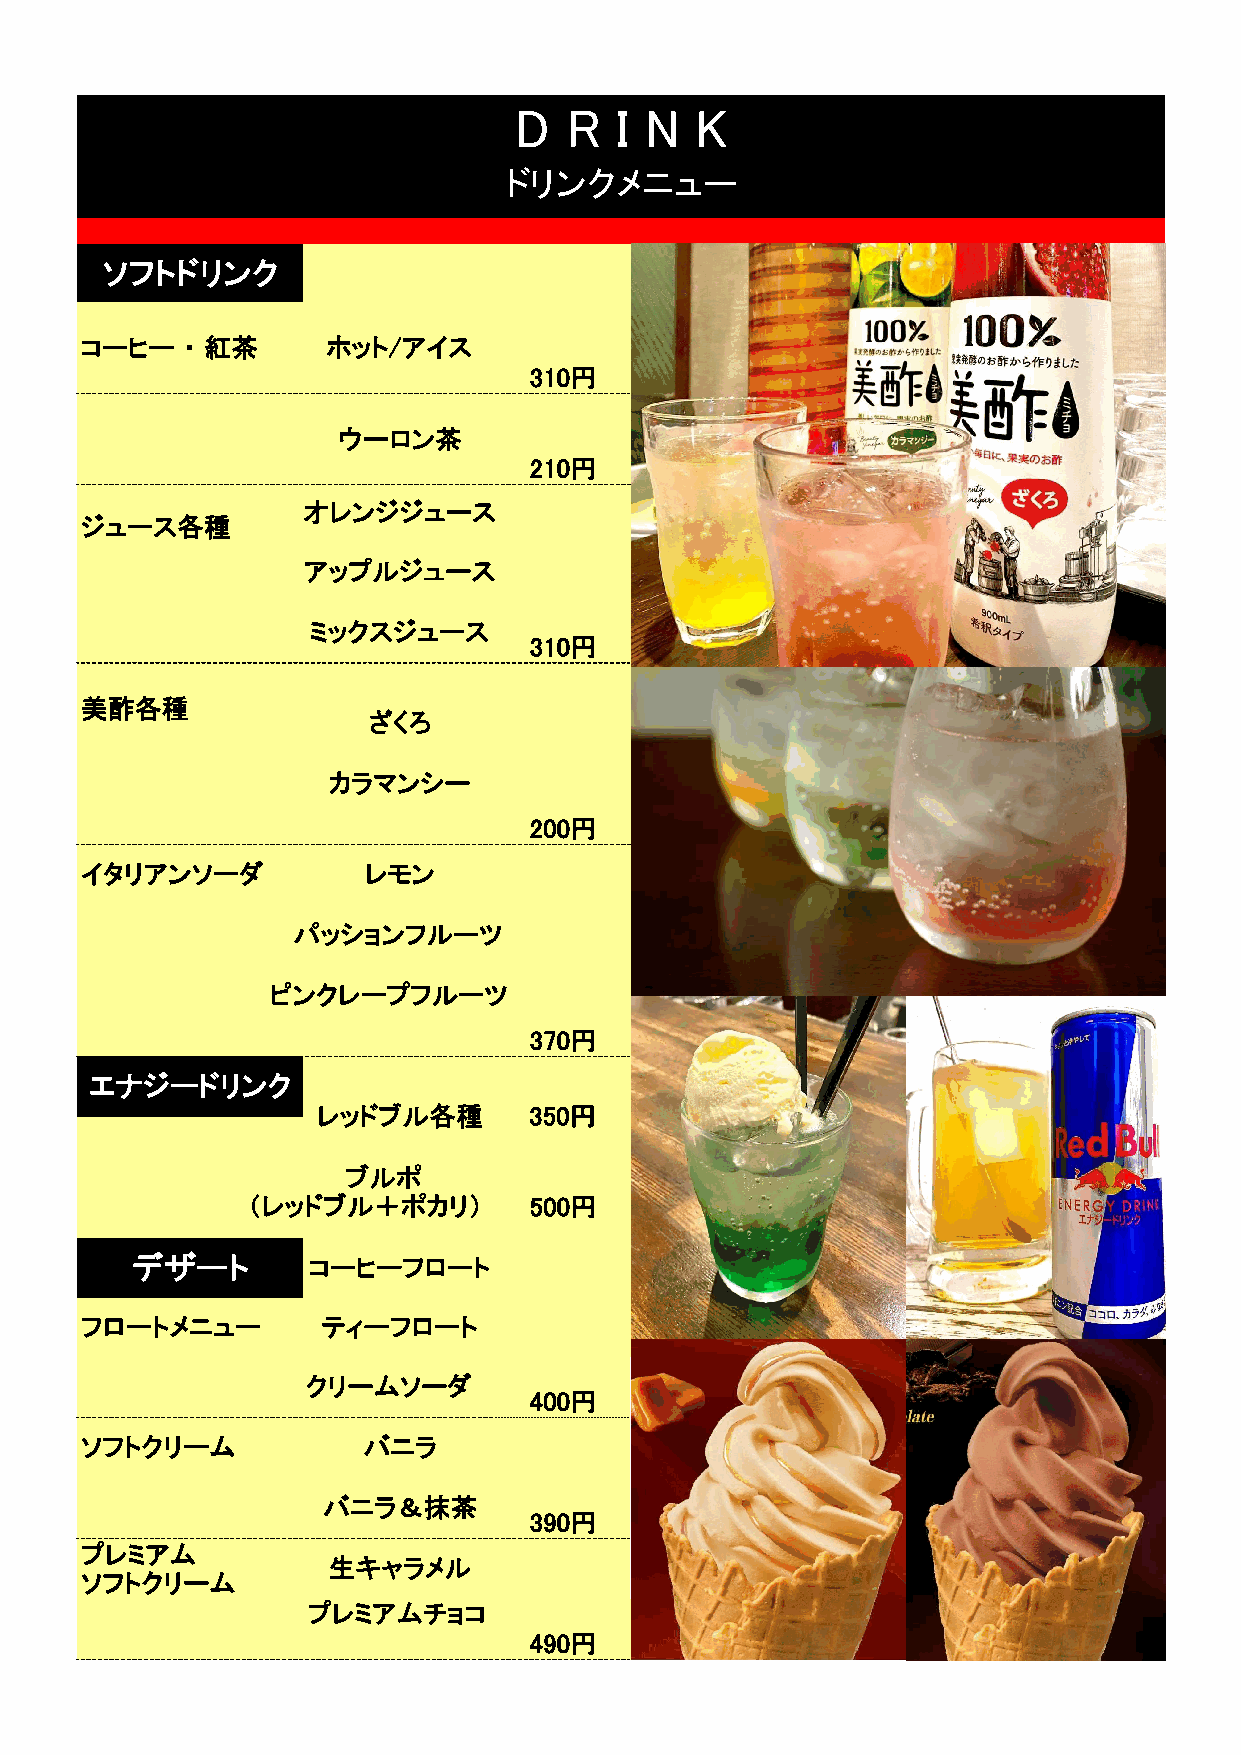
D  R   I N  K
 ドリンクメニュー
 ソフトドリンク
 コーヒー   ・ 紅茶      ホット/アイス
 310円
 ウーロン茶
 210円
 オレンジジュース
 ジュース各種
 アップルジュース
 ミックスジュース
 310円
 美酢各種
 ざくろ
 カラマンシー
 200円
 イタリアンソーダ           レモン
 パッションフルーツ
 ピンクレープフルーツ
 370円
 エナジードリンク
 レッドブル各種       350円
 ブルポ
 （レッドブル＋ポカリ）        500円
 デザート       コーヒーフロート
 フロートメニュー        ティーフロート
 クリームソーダ
 400円
 ソフトクリーム            バニラ
 バニラ＆抹茶
 390円
 プレミアム
 生キャラメル
 ソフトクリーム
 プあレまミおアうムチョコ
 490円